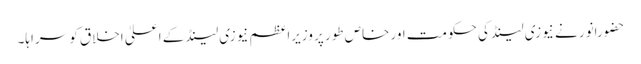
حضورانور نے نیوزی لینڈکی حکومت اور خاص طور پر وزیراعظم نیوزی لینڈ کے اعلیٰ اخلاق کو سراہا۔